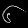
Digit: ၆